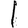
Digit: 1